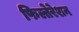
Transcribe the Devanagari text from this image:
फिल्तेरेशन